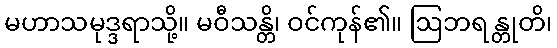
မဟာသမုဒ္ဒရာသို့။ မဝီသန္တိ၊ ဝင်ကုန်၏။ ဩဘရန္တုတိ၊